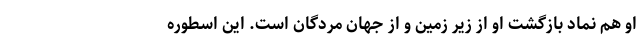
او هم نماد بازگشت او از زیر زمین و از جهان مردگان است. این اسطوره